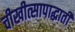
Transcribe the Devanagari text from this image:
चीखीत्सापाद्धाती